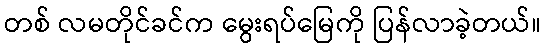
တစ် လမတိုင်ခင်က မွေးရပ်မြေကို ပြန်လာခဲ့တယ်။